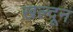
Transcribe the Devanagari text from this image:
ख़ल्दून